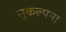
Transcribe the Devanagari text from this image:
सुकल्पना